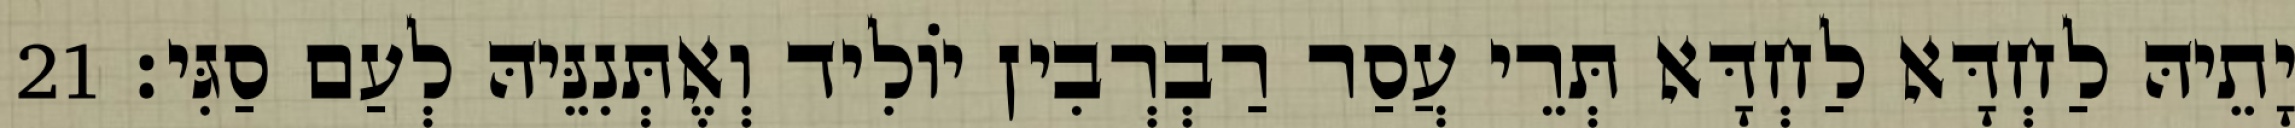
יָתֵיהּ לַחְדָּא לַחְדָּא תְּרֵי עֲסַר רַבְרְבִין יוֹלִיד וְאֶתְּנִנֵּיהּ לְעַם סַגִּי׃ 21